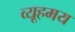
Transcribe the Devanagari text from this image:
व्यूहमय